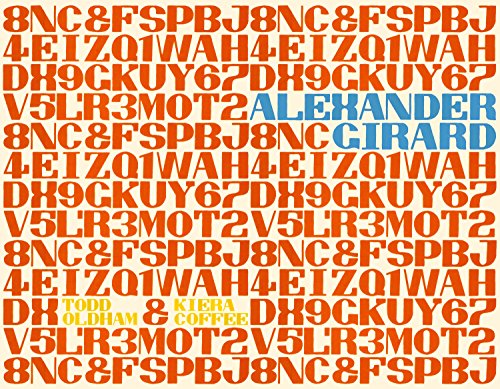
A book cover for Alexander Girard: popular edition; Kiera Coffee; Arts & Photography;